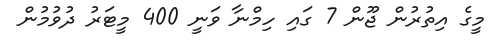
މީގެ އިތުރުން ޖޫން 7 ގައި ހިމްނާ ވަނީ 400 މީޓަރު ދުވުމުން